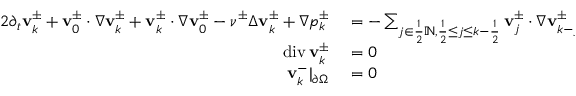
\begin{array} { r l r l } { { 2 } \partial _ { t } \mathbf { v } _ { k } ^ { \pm } + \mathbf { v } _ { 0 } ^ { \pm } \cdot \nabla \mathbf { v } _ { k } ^ { \pm } + \mathbf { v } _ { k } ^ { \pm } \cdot \nabla \mathbf { v } _ { 0 } ^ { \pm } - \nu ^ { \pm } \Delta \mathbf { v } _ { k } ^ { \pm } + \nabla p _ { k } ^ { \pm } } & { { } = - \sum _ { j \in \frac 1 2 \ensuremath { \mathbb { N } } , \frac 1 2 \leq j \leq k - \frac 1 2 } \mathbf { v } _ { j } ^ { \pm } \cdot \nabla \mathbf { v } _ { k - j } ^ { \pm } } & { \ } & { { } \mathrm { ~ i ~ n ~ } \Omega ^ { \pm } , } \\ { \operatorname { d i v } \mathbf { v } _ { k } ^ { \pm } } & { { } = 0 } & { \ } & { { } \mathrm { ~ i ~ n ~ } \Omega ^ { \pm } , } \\ { { \mathbf { v } _ { k } ^ { - } | _ { \partial \Omega } } } & { { } = 0 } & { \ } & { { } \mathrm { ~ o ~ n ~ } \partial \Omega } \end{array}